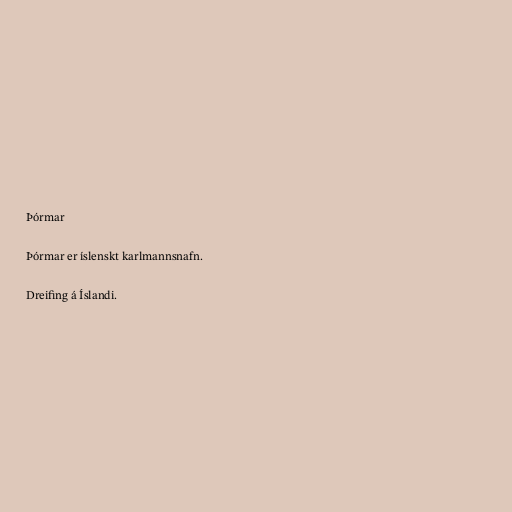
Þórmar

Þórmar er íslenskt karlmannsnafn.

Dreifing á Íslandi.